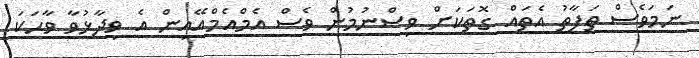
ނަމަވެސް ތަފާތު އެތައް ގޮތަކަށް ވިސްނުމުން ވެސް އެމްއެމްއޭއިން އެ ވިދާޅުވާ ވާހަކަ